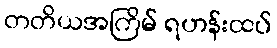
တတိယအကြိမ် ရဟန်းထပ်